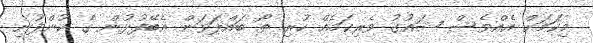
މިކަަމަށް އެއްވެސް ޝައުގު ވެރިކަމެއް ހުރި ތޯ ބައްލަވަން އެބޭފުޅުން ގެ ކުންފުނި